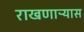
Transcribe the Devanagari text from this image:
राखणाऱ्यास